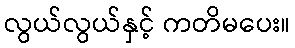
လွယ်လွယ်နှင့် ကတိမပေး။